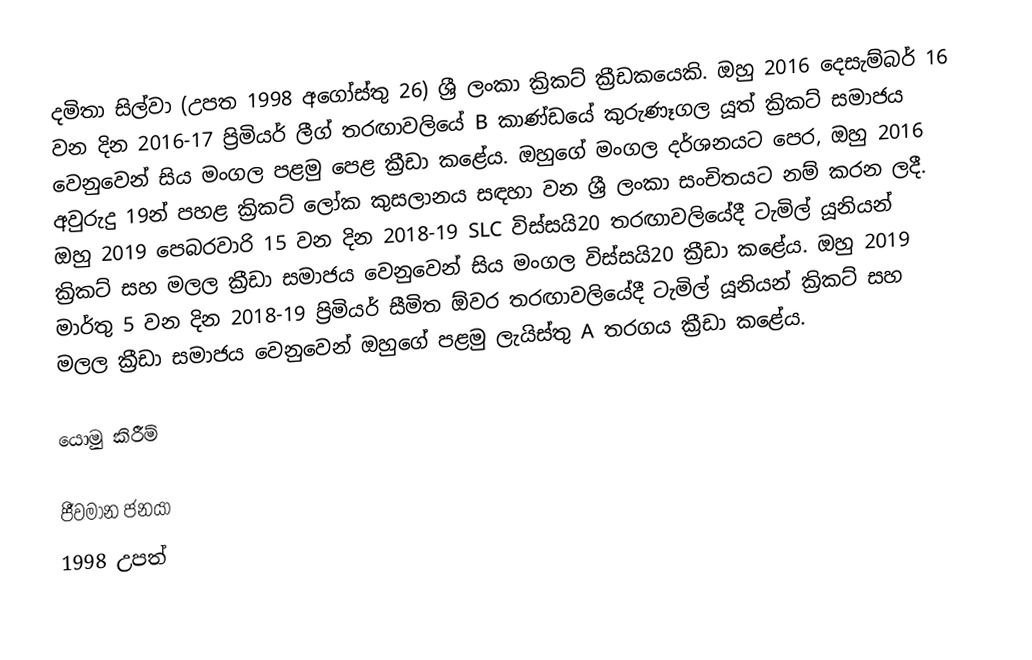
දමිතා සිල්වා (උපත 1998 අගෝස්තු 26) ශ්‍රී ලංකා ක්‍රිකට් ක්‍රීඩකයෙකි. ඔහු 2016 දෙසැම්බර් 16 වන දින 2016-17 ප්‍රිමියර් ලීග් තරඟාවලියේ B කාණ්ඩයේ කුරුණෑගල යූත් ක්‍රිකට් සමාජය වෙනුවෙන් සිය මංගල පළමු පෙළ ක්‍රීඩා කළේය. ඔහුගේ මංගල දර්ශනයට පෙර, ඔහු 2016 අවුරුදු 19න් පහළ ක්‍රිකට් ලෝක කුසලානය සඳහා වන ශ්‍රී ලංකා සංචිතයට නම් කරන ලදී. ඔහු 2019 පෙබරවාරි 15 වන දින 2018-19 SLC විස්සයි20 තරඟාවලියේදී ටැමිල් යූනියන් ක්‍රිකට් සහ මලල ක්‍රීඩා සමාජය වෙනුවෙන් සිය මංගල විස්සයි20 ක්‍රීඩා කළේය. ඔහු 2019 මාර්තු 5 වන දින 2018-19 ප්‍රිමියර් සීමිත ඕවර තරඟාවලියේදී ටැමිල් යූනියන් ක්‍රිකට් සහ මලල ක්‍රීඩා සමාජය වෙනුවෙන් ඔහුගේ පළමු ලැයිස්තු A තරගය ක්‍රීඩා කළේය.

යොමු කිරීම්

ජීවමාන ජනයා
1998 උපත්